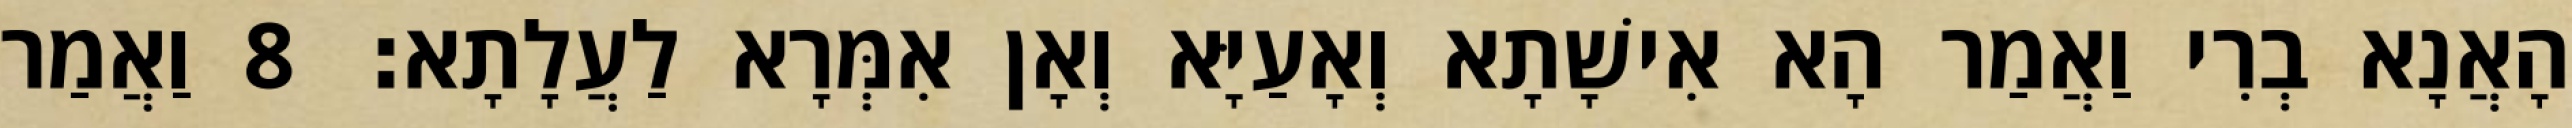
הָאֲנָא בְרִי וַאֲמַר הָא אִישָׁתָא וְאָעַיָּא וְאָן אִמְּרָא לַעֲלָתָא׃ 8 וַאֲמַר